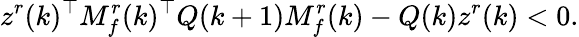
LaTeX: z^{r}(k)^{\top}M_{f}^{r}(k)^{\top}Q(k+1)M_{f}^{r}(k)-Q(k)z^{r}(k)<0.